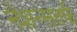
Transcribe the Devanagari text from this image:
नेशन्सतर्फे